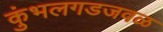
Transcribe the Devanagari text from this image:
कुंभलगडजवळ